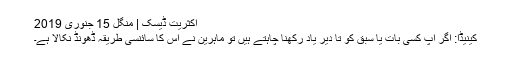
اکثریت ڈیسک | منگل 15 جنوری 2019
کینیڈا: اگر آپ کسی بات یا سبق کو تا دیر یاد رکھنا چاہتے ہیں تو ماہرین نے اس کا سائنسی طریقہ ڈھونڈ نکالا ہے۔